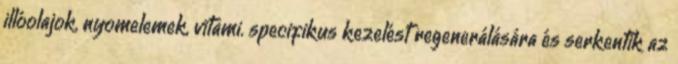
illóolajok, nyomelemek, vitami. specifikus kezelést regenerálására és serkentik az